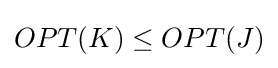
OPT(K)\leq OPT(J)